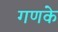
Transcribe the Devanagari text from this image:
गणके